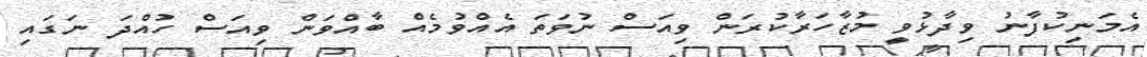
އެމަނިކުފާނު ވިދާޅުވީ މުޒާހަރާކުރަން ވިއަސް ނުވަަތަ އެއްވުމެއް ބާއްވަން ވިއަސް ހުއްދަ ނަގަައި